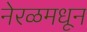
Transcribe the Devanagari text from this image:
नेरळमधून